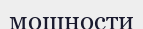
мощности